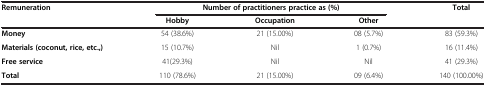
<table><thead><tr><td rowspan="2"><b>Remuneration</b></td><td colspan="3"><b>Number of practitioners practice as (%)</b></td><td rowspan="2"><b>Total</b></td></tr><tr><td><b>Hobby</b></td><td><b>Occupation</b></td><td><b>Other</b></td></tr></thead><tbody><tr><td><b>Money</b></td><td>54 (38.6%)</td><td>21 (15.00%)</td><td>08 (5.7%)</td><td>83 (59.3%)</td></tr><tr><td><b>Materials </b><b>(coconut, rice, etc.,)</b></td><td>15 (10.7%)</td><td>Nil</td><td>1 (0.7%)</td><td>16 (11.4%)</td></tr><tr><td><b>Free service</b></td><td>41(29.3%)</td><td>Nil</td><td>Nil</td><td>41 (29.3%)</td></tr><tr><td><b>Total</b></td><td>110 (78.6%)</td><td>21 (15.00%)</td><td>09 (6.4%)</td><td>140 (100.00%)</td></tr></tbody></table>